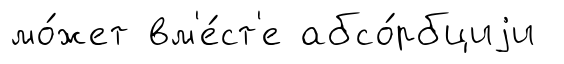
мо́жет вм'е́ст'е абсо́рбциjи